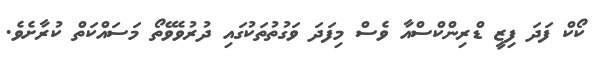
ކޯކް ފަދަ ފިޒީ ޑްރިންކްސްއާ ވެސް މިފަދަ ވަގުތުތަކުގައި ދުރުވެވޭތޯ މަސައްކަތް ކުރާށެވެ.